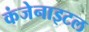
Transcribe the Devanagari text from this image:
कंजेनाइटल